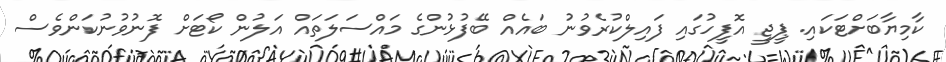
ކާމިޔާބަށްޓަކައި. ޕީޖީ އޮފީހުގައި ފައިލްކުރެވުނު ބައެއް ބޭފުޅުންގެ މައްސަލަތައް އަލުން ކޯޓަށް ފޮނުވުނުކަންވެސް